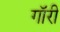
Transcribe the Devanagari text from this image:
गॉरी